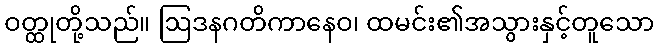
ဝတ္ထုတို့သည်။ ဩဒနဂတိကာနေဝ၊ ထမင်း၏အသွားနှင့်တူသော